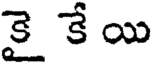
కై కే యి